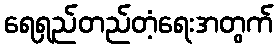
ရေရှည်တည်တံ့ရေးအတွက်